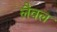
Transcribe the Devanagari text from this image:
लैवल